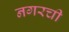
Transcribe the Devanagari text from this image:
नगरची